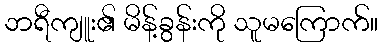
ဘရီကျူး၏ မိန့်ခွန်းကို သူမကြောက်။